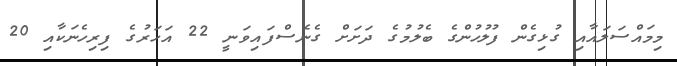
މިމައްސަލައާއި ގުޅިގެން ފުލުހުންގެ ބެލުމުގެ ދަށަށް ގެނެސްފައިވަނީ 22 އަހަރުގެ ފިރިހެނަކާއި 20